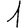
Digit: 1